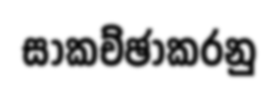
සාකච්ඡාකරනු